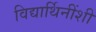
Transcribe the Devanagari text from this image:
विद्यार्थिनींशी